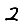
Digit: 2